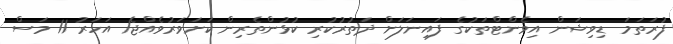
ފުރަތަމަ ޑިވިޝަން އިވެންޓްތަކުގެ ފައިނަލަށް ދަތުރުކުރި ކުޅުންތެރިން ކަށަވަރުވެއްޖެ1 އަހަރު 11 މަސް